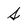
Character: s